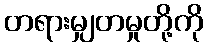
တရားမျှတမှုတို့ကို